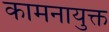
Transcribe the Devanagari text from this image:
कामनायुक्त